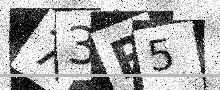
Text: 73R5